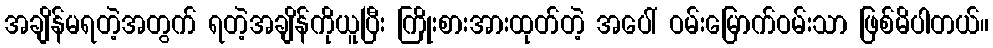
အချိန်မရတဲ့အတွက် ရတဲ့အချိန်ကိုယူပြီး ကြိုးစားအားထုတ်တဲ့ အပေါ် ဝမ်းမြောက်ဝမ်းသာ ဖြစ်မိပါတယ်။